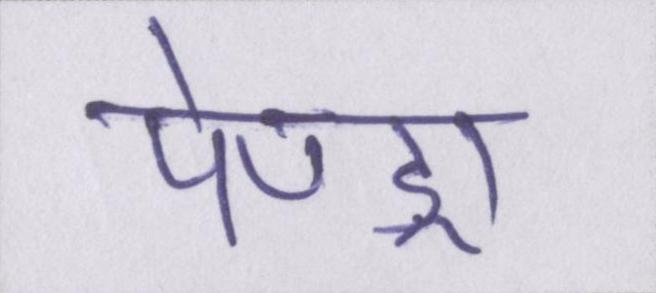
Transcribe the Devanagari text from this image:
पेण्ड्रा